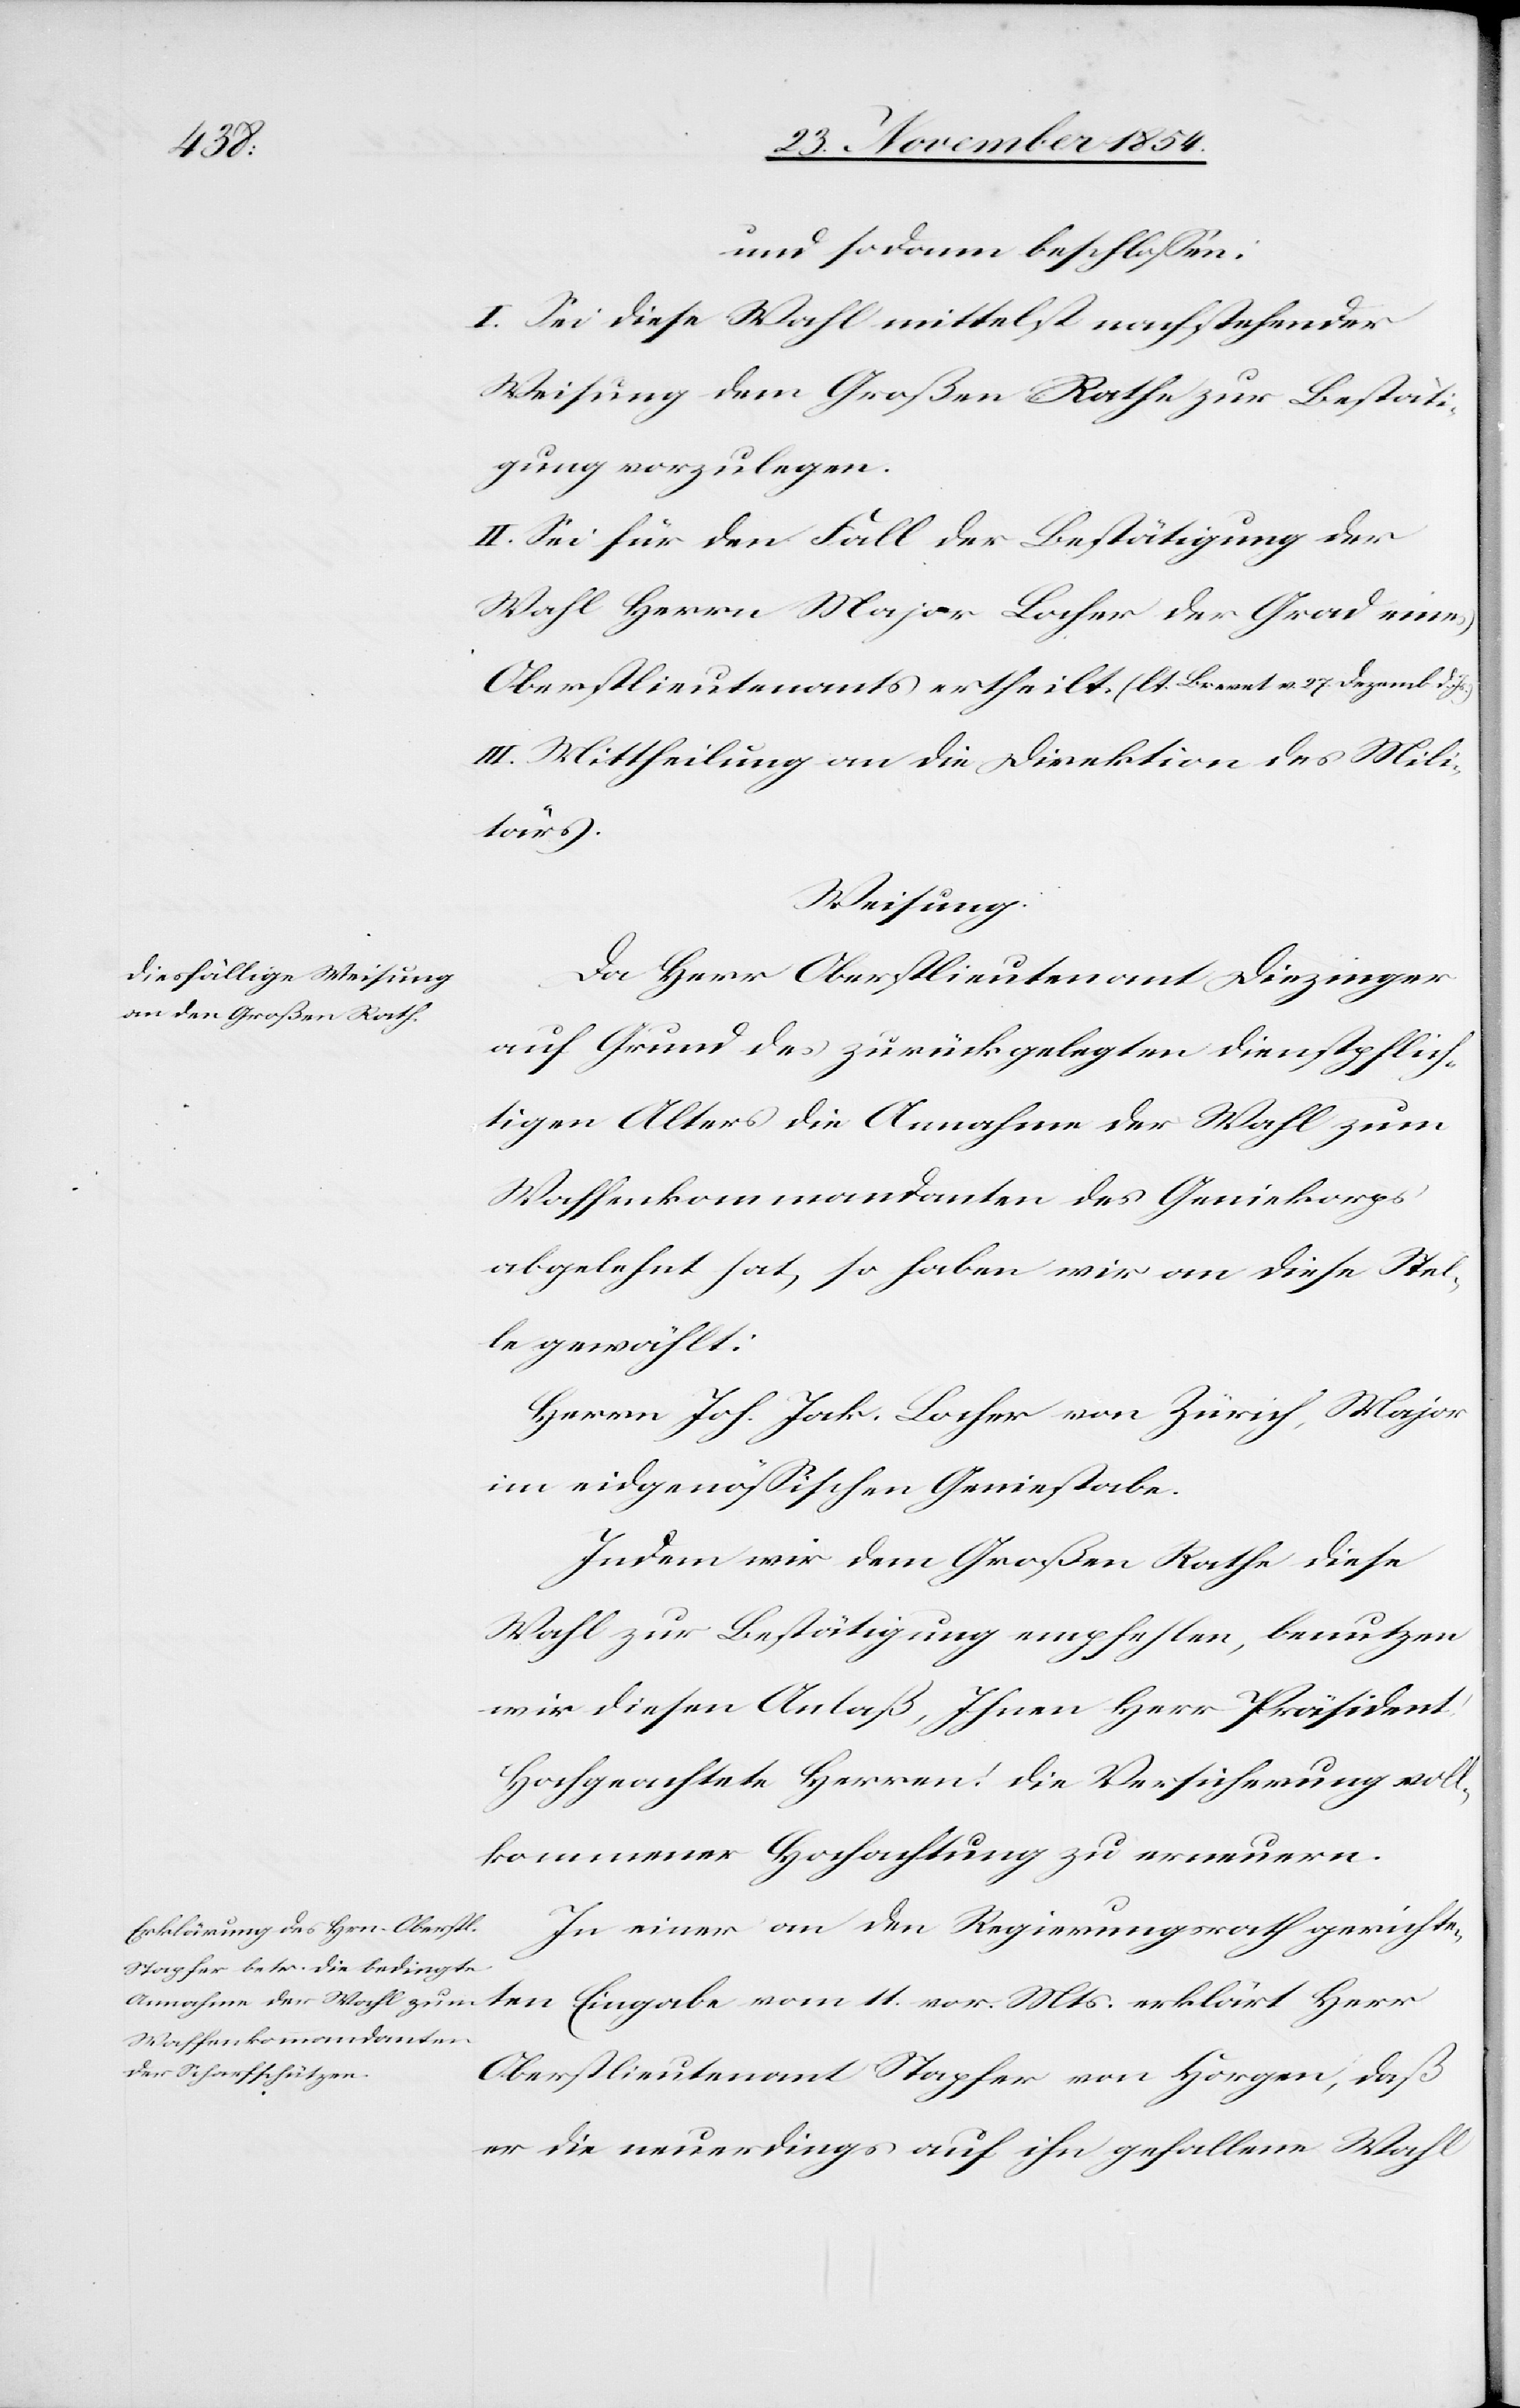
vor. Mts.
und sodann beschloßen:
I. Sei diese Wahl mittelst nachstehender
Weisung dem Großen Rathe zur Bestäti¬
gung vorzulegen.
II. Sei für den Fall der Bestätigung der
Wahl Herrn Major Locher der Grad eines
Oberstlieutenants ertheilt. (lt. Brevet v. 27. Dezemb. d.
III. Mittheilung an die Direktion des Mili¬
tärs.
Weisung.
Da Herr Oberstlieutenant Diezinger
auf Grund des zurückgelegten dienstpflich¬
tigen Alters die Annahme der Wahl zum
Waffenkommandanten des Geniekorps
abgelehnt hat, so haben wir an diese Stel¬
le gewählt:
Herrn Joh. Jak. Locher von Zürich, Major
im eidgenößischen Geniestabe.
Indem wir dem Großen Rathe diese
Wahl zur Bestätigung empfehlen, benutzen
wir diesen Anlaß, Ihnen Herr Präsident!
Hochgeachtete Herren! die Versicherung voll¬
kommener Hochachtung zu erneuern.
In einer an den Regierungsrath gerichte¬
ten Eingabe vom
Oberstlieutenant Stapfer von Horgen, daß
er die neuerdings auf ihn gefallene Wahl